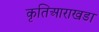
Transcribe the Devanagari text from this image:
कृतिआराखडा